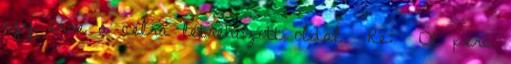
egy erre a célra létrehozott oldal Re: Öt perc